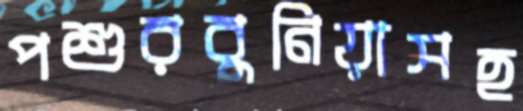
পশুরবুনিয়াসহ